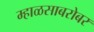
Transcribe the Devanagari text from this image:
म्हाळसाबरोबर